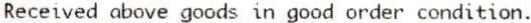
RECEIVED ABOVE GOODS IN GOOD ORDER CONDITION.